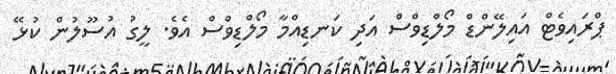
ޕްރައިވެޓް އައިލޭންޑް މޯލްޑިވްސް އަދި ކަނޑިއްމާ މޯލްޑިވްސް އެވެ. ލީގު އުސޫލުން ކުޅޭ